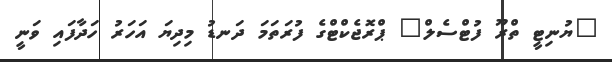
"ޔުނިޓީ ތްރޫ ފުޓްސެލް" ޕްރޮޖެކްޓްގެ ފުރަތަމަ ދަނޑު މިދިޔަ އަހަރު ހަދާފައި ވަނީ